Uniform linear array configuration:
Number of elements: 4
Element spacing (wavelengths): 0.75
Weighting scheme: exponential
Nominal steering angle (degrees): -60
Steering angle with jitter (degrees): -59.298
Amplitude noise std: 0.05
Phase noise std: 0.05

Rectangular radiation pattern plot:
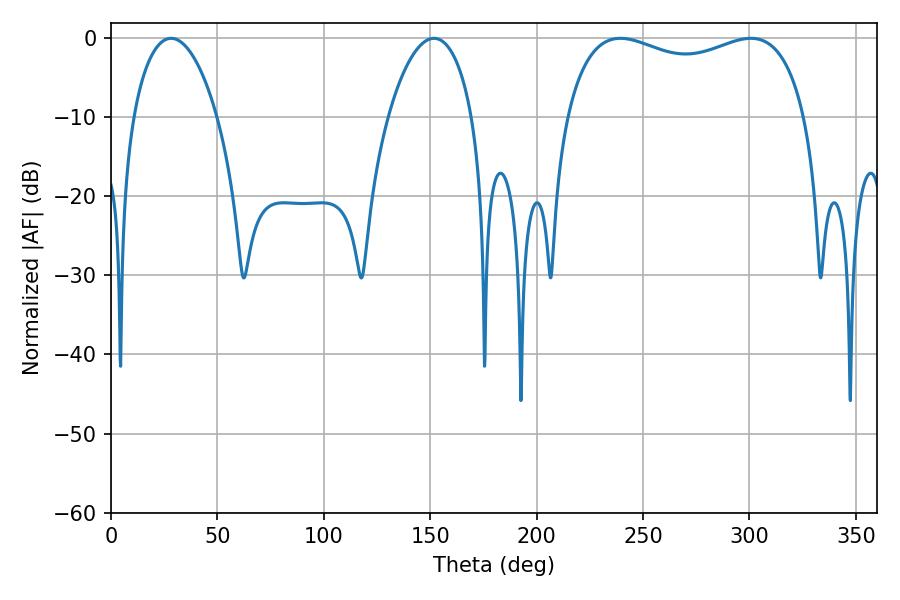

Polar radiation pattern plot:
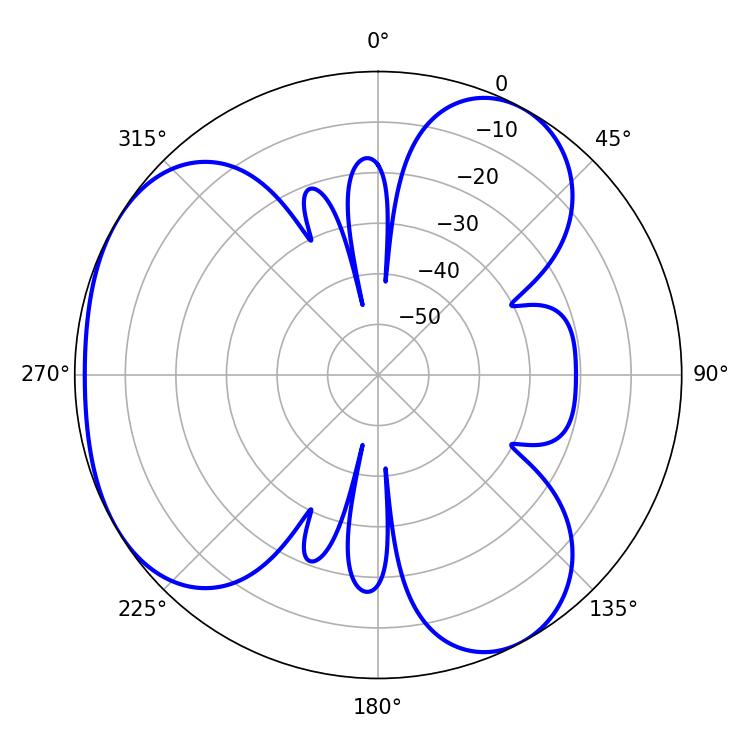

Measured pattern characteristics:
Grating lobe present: TRUE
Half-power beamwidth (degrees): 92.88
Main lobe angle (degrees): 239.4